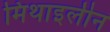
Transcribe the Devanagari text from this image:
मिथाइलीन